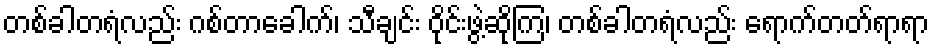
တစ်ခါတရံလည်း ဂစ်တာခေါက်၊ သီချင်း ဝိုင်းဖွဲ့ဆိုကြ၊ တစ်ခါတရံလည်း ရောက်တတ်ရာရာ